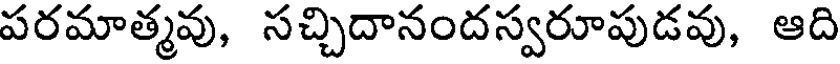
పరమాత్మవు, సచ్చిదానందస్వరూపుడవు, ఆది